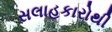
સલાહકારોથી